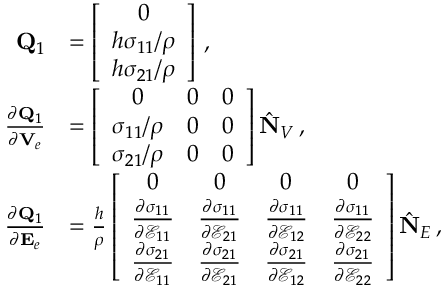
\begin{array} { r l } { { \bf Q } _ { 1 } } & { = \left[ \begin{array} { c } { 0 } \\ { h \sigma _ { 1 1 } / \rho } \\ { h \sigma _ { 2 1 } / \rho } \end{array} \right] \, , } \\ { \frac { \partial { \bf Q } _ { 1 } } { \partial { \bf V } _ { e } } } & { = \left[ \begin{array} { c c c } { 0 } & { 0 } & { 0 } \\ { \sigma _ { 1 1 } / \rho } & { 0 } & { 0 } \\ { \sigma _ { 2 1 } / \rho } & { 0 } & { 0 } \end{array} \right] \hat { \bf N } _ { V } \, , } \\ { \frac { \partial { \bf Q } _ { 1 } } { \partial { \bf E } _ { e } } } & { = \frac { h } { \rho } \left[ \begin{array} { c c c c } { 0 } & { 0 } & { 0 } & { 0 } \\ { \frac { \partial \sigma _ { 1 1 } } { \partial \mathcal { E } _ { 1 1 } } } & { \frac { \partial \sigma _ { 1 1 } } { \partial \mathcal { E } _ { 2 1 } } } & { \frac { \partial \sigma _ { 1 1 } } { \partial \mathcal { E } _ { 1 2 } } } & { \frac { \partial \sigma _ { 1 1 } } { \partial \mathcal { E } _ { 2 2 } } } \\ { \frac { \partial \sigma _ { 2 1 } } { \partial \mathcal { E } _ { 1 1 } } } & { \frac { \partial \sigma _ { 2 1 } } { \partial \mathcal { E } _ { 2 1 } } } & { \frac { \partial \sigma _ { 2 1 } } { \partial \mathcal { E } _ { 1 2 } } } & { \frac { \partial \sigma _ { 2 1 } } { \partial \mathcal { E } _ { 2 2 } } } \end{array} \right] \hat { \bf N } _ { E } \, , } \end{array}